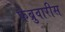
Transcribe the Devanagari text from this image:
फेब्रुवारीस